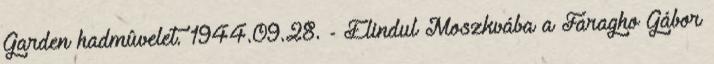
Garden hadmûvelet. 1944.09.28. - Elindul Moszkvába a Faragho Gábor